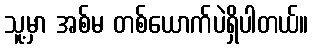
သူ့မှာ အစ်မ တစ်ယောက်ပဲရှိပါတယ်။